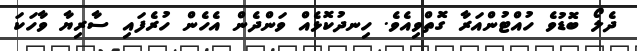
ދެލޯ ބޮޑުވެ ހުއްޓުންއަރާ ގޮތްވިއެވެ. ހިނދުކޮޅެއް ވަންދެން އެހެން ހުރެފައި ސާރިޔާ ވާހަކަ